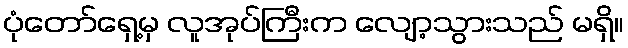
ပုံတော်ရှေ့မှ လူအုပ်ကြီးက လျော့သွားသည် မရှိ။